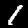
Label: 1